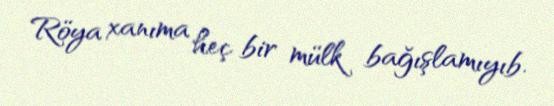
Röya xanıma heç bir mülk bağışlamıyıb.